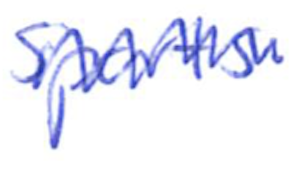
Text: Sports
Cross-out: zig-zag
Writing tool: ballpoint